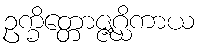
ဥက္ခိတ္တောဇ္ဇဂ္ဃိကာယ